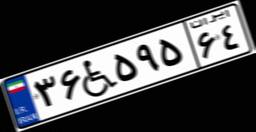
۳۶W۵۹۵۶۴